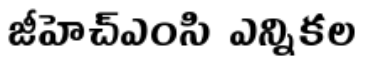
జీహెచ్ఎంసి ఎన్నికల